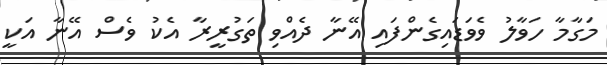
މަގާމާ ހަވާލު ވެވަޑައިގެންފައި އޭނާ ދެއްވި ތަގުރީރާ އެކު ވެސް އޭނާ އަކީ